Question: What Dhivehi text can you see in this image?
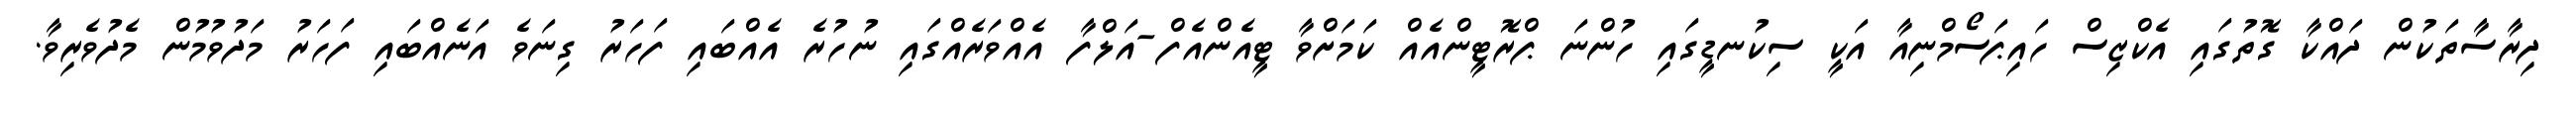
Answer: ދިރާސާތަކުން ދައްކާ ގޮތުގައި އެކްޒިސް ހައިޕަސޯމްނިއާ އަކީ ސިކުނޑީގައި ހުންނަ ޕްރޮޓީންއެއް ކަމަށްވާ ޓީއެންއެފް-އަލްފާ އެއްވަރެއްގައި ނުހުރެ އެއްބައި ފަހަރު ގިނަވެ އަނެއްބައި ފަހަރު މަދުވުމުން މެދުވެރިވާ.